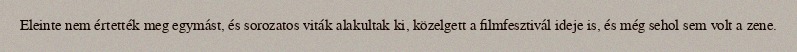
Eleinte nem értették meg egymást, és sorozatos viták alakultak ki, közelgett a filmfesztivál ideje is, és még sehol sem volt a zene.